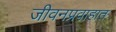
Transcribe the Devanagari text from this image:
जीवनप्रवाहात